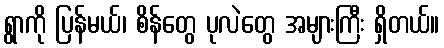
ရွာကို ပြန်မယ်၊ စိန်တွေ ပုလဲတွေ အများကြီး ရှိတယ်။